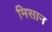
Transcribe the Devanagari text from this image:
मिसान